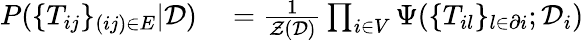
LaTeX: \begin{array}{rl}{P(\{ T_{ij}\} _{(ij)\in E}|\mathcal{D})}&{{}=\frac{1}{\mathcal{Z}(\mathcal{D})}\prod_{i\in V}\Psi(\{ T_{il}\} _{l\in\partial i};\mathcal{D}_{i})}\end{array}